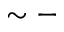
\sim -